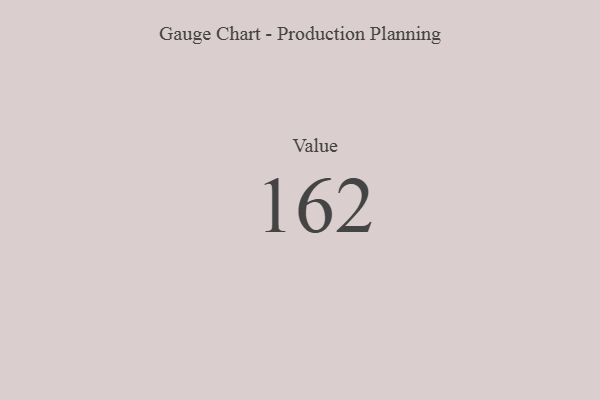
{"axis": {"x": "Metric", "y": "Value"}, "legend": [""], "data": [{"x": "Value", "y": 162, "type": ""}]}